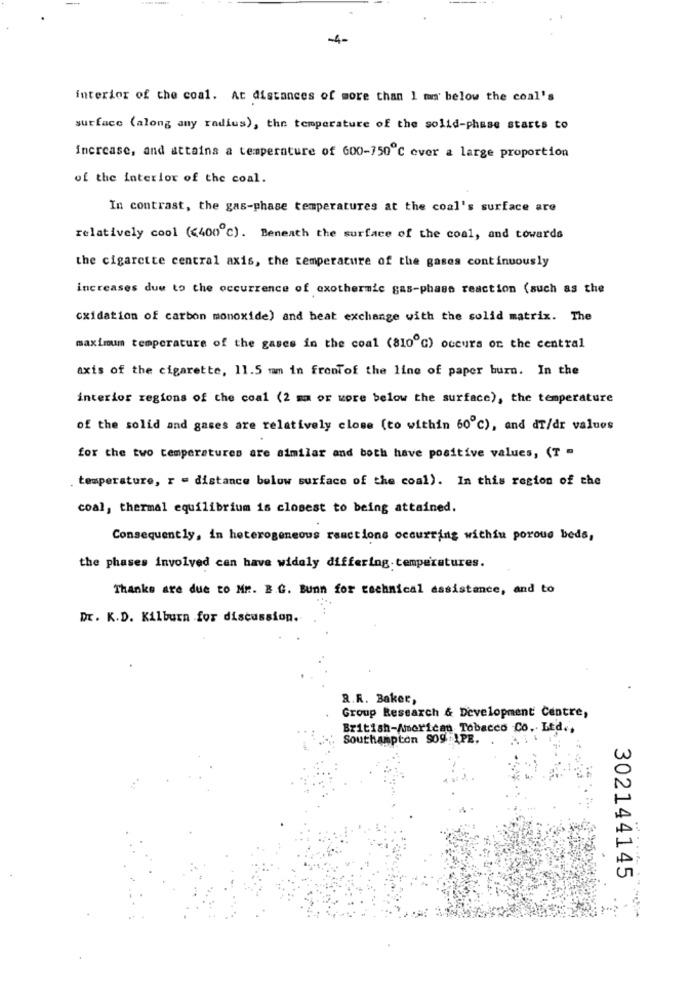
-4-
interior of the coal. At distances of more than I ma below the coal's
surface (along any radius), the temperature of the solid-phase starts to
increase, and attains a temperature of 600-750℃ ever a large proportion
of the interior of the coal.
In contrast, the gas-phase temperatures at the coal's surface are
relatively cool (<400 ℃). Beneath the surface of the coal, and towards
the cigarette central axis, the temperature of the gases continuously
increases due to the occurrence of exothermic gas-phase reaction (such as the
oxidation of carbon monoxide) and heat exchange with the solid matrix. The
maximum temperature of the gases in the coal (810℃) occurs on the central
axis of the cigarette, 11.5 mm in frontof the line of paper burn. In the
interior regions of the coal (2 mm or wore below the surface), the temperature
of the solid and gases are relatively close (to within 60℃), and dr/dr values
for the two temperatures are similar and both have positive values, (T .
temperature, r - distance below surface of the coal). In this region of the
coal, thermal equilibrium is closest to being attained.
Consequently, in heterogeneous reactions occurring within porous beds,
the phases involved can have widely differing temperatures.
Thanks are due to Mr. B.G. Bunn for technical assistance, and to
Dr. K.D. Kilburn for discussion.
R.R. Baker,
Group Research & Development Centre,
British-American Tobacco Co. Ltd .,
Southampton SOg PE.
302144145